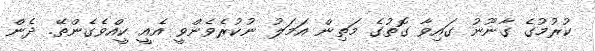
ކުރުމުގެ ގާނޫނު ގައިވާ ގޮތުގެ މަތިން އަމަލު ނުކުރެވެންވީ އެއީ ކީއްވެގެންތޭ. ދެން